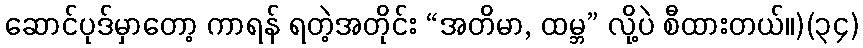
ဆောင်ပုဒ်မှာတော့ ကာရန် ရတဲ့အတိုင်း “အတိမာ, ထမ္ဘ” လို့ပဲ စီထားတယ်။)(၃၄)